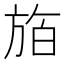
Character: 𪯸